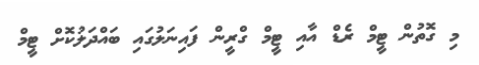
މި ގޮތުން ޓީމް ރެޑް އާއި ޓީމް ގްރީން ފައިނަލުގައި ބައްދަލުކޮށް ޓީމް